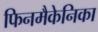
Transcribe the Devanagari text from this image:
फिनमैकेनिका